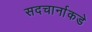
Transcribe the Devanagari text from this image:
सदचार्नाकडे